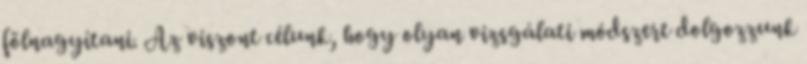
fölnagyítani. Az viszont célunk, hogy olyan vizsgálati módszert dolgozzunk